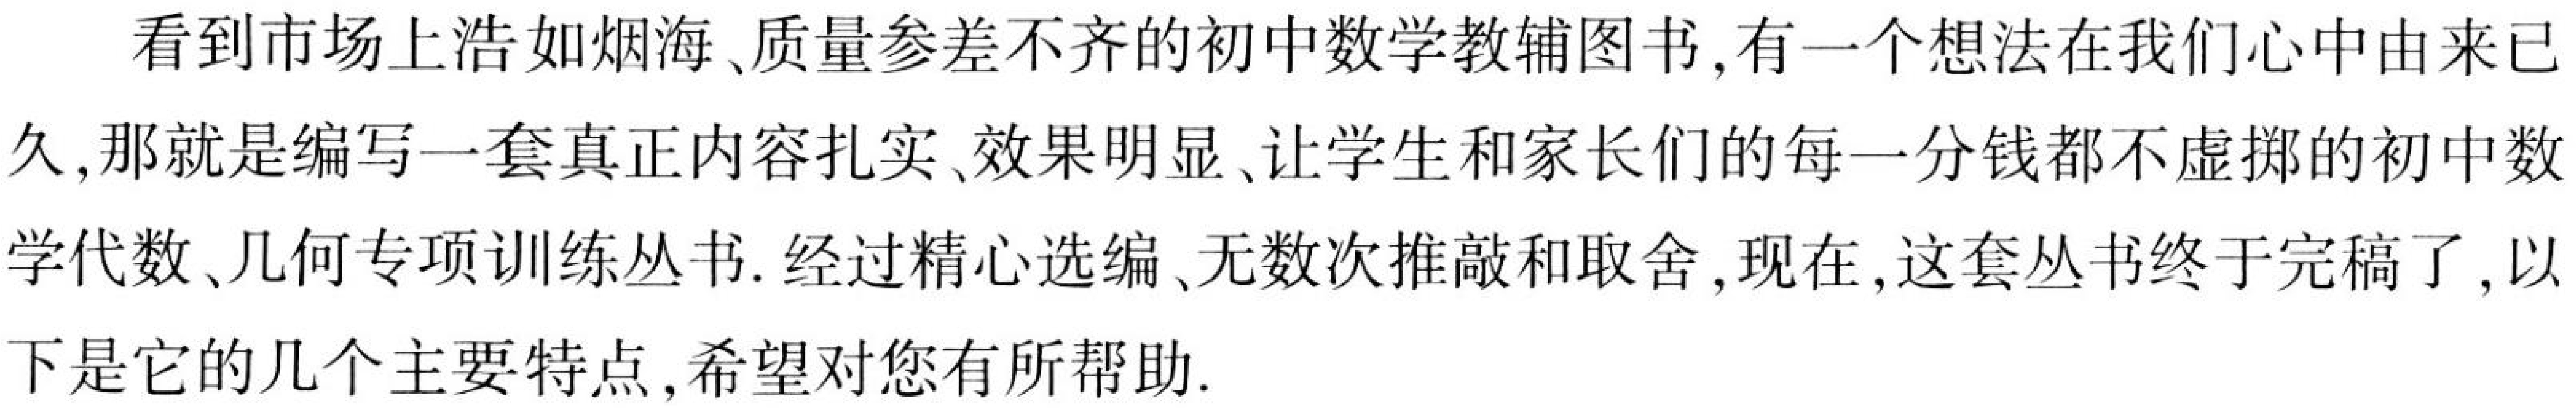
看到市场上浩如烟海、质量参差不齐的初中数学教辅图书,有一个想法在我们心中由来已
久,那就是编写一套真正内容扎实、效果明显、让学生和家长们的每一分钱都不虚掷的初中数
学代数、几何专项训练丛书. 经过精心选编、无数次推敲和取舍,现在,这套丛书终于完稿了,以
下是它的几个主要特点,希望对您有所帮助.